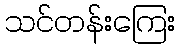
သင်တန်းကြေး